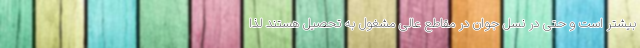
بیشتر است و حتی در نسل جوان در مقاطع عالی مشغول به تحصیل هستند لذا